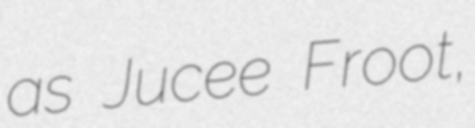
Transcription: as Jucee Froot,